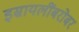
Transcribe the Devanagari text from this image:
इस्रायलींबरोबर